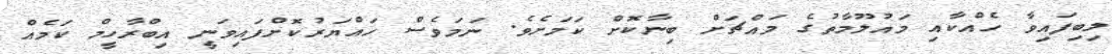
ލިބިފައިވާ ހެއްކާއި މައުލޫމާތުގެ މައްޗަށް ބިނާކޮށް ކަމަށެވެ. ނަމަވެސް ހައްޔަރުކޮށްފައިވަނީ އިބްރާހީމް ކަމެއް